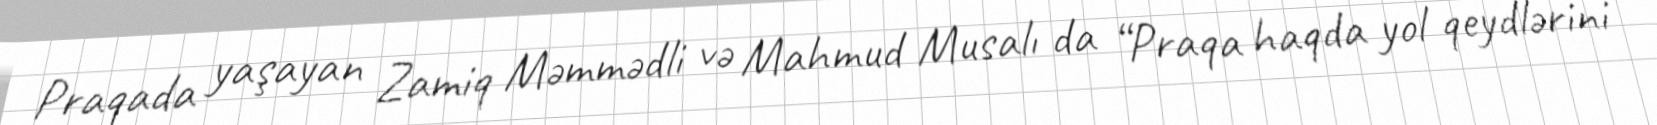
Praqada yaşayan Zamiq Məmmədli və Mahmud Musalı da “Praqa haqda yol qeydlərini